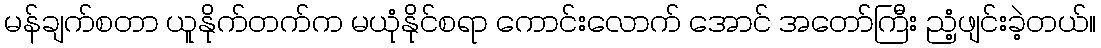
မန်ချက်စတာ ယူနိုက်တက်က မယုံနိုင်စရာ ကောင်းလောက် အောင် အတော်ကြီး ညံ့ဖျင်းခဲ့တယ်။